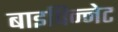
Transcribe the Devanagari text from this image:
बाइपिन्नेट